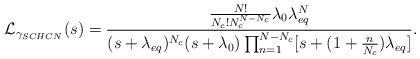
LaTeX: \begin{align*} \mathcal{L}_{\gamma_{SCHCN}}(s)&=\frac{\frac{N!}{N_c!N_c^{N-N_c}}\lambda_{0}\lambda_{eq}^N}{(s+\lambda_{eq})^{N_c} (s+\lambda_{0}) \prod_{n=1}^{N-N_c}[s+(1+\frac{n}{N_c})\lambda_{eq}]}. \end{align*}